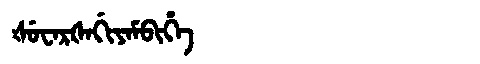
Manchu: ᡧᡠᠸᠠᡵᡧᠠᡤᡳᠶᠠᠮᠪᡳᡥᡝ
Romanization: ŠUWARŠAGIYAMBIHE